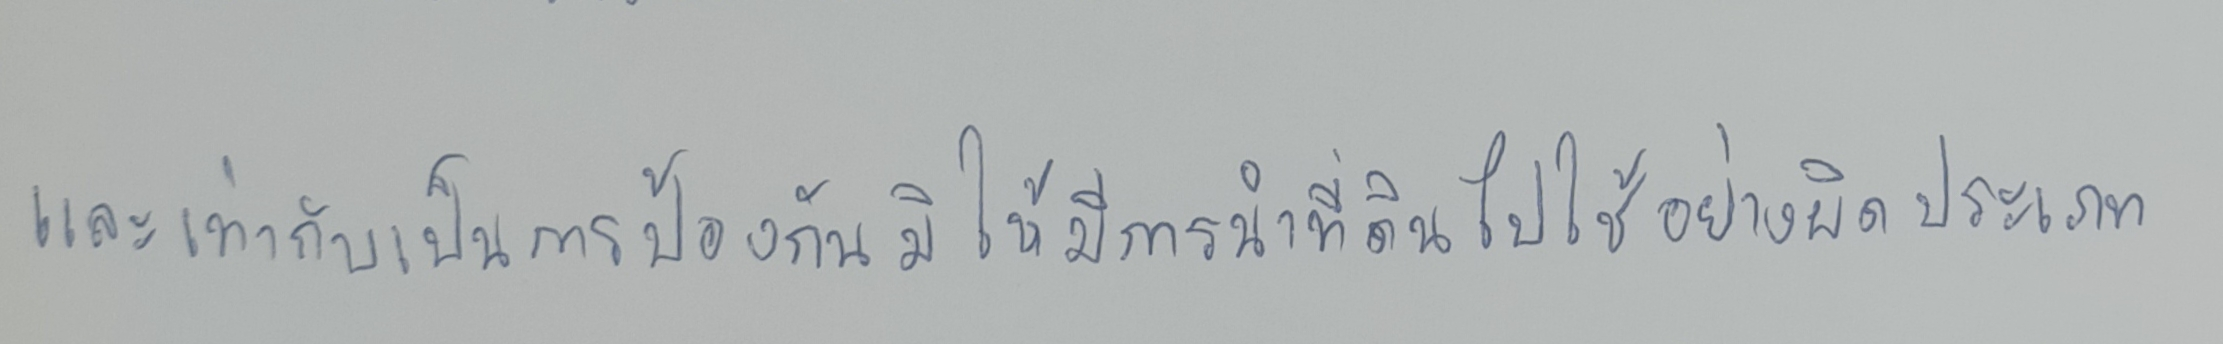
และเท่ากับเป็นการป้องกันมิให้มีการนำที่ดินไปใช้อย่างผิดประเภท